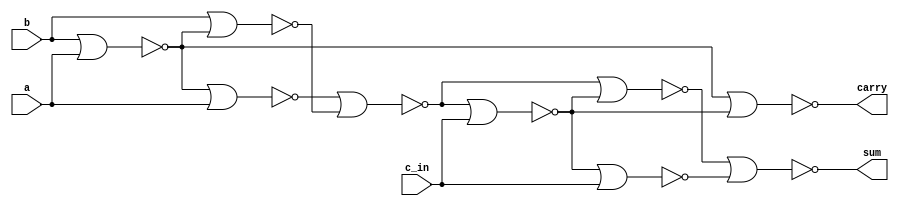
module fa_nor(a,b,c_in,sum,carry);
  input a,b,c_in;
  output sum,carry;
  wire w1,w2,w3,w4,w5,w6,w7;

	
  assign w1  = ~(b|a);  
  assign w2  = ~(w1|a);
  assign w3  = ~(b|w1);
  assign w4 = ~(w2|w3);
  assign w5  = ~(w4|c_in);
  assign w6  = ~(w4|w5);
  assign w7  = ~(w5|c_in);
  assign sum  = ~(w6|w7);
  assign carry = ~(w1|w5);
endmodule